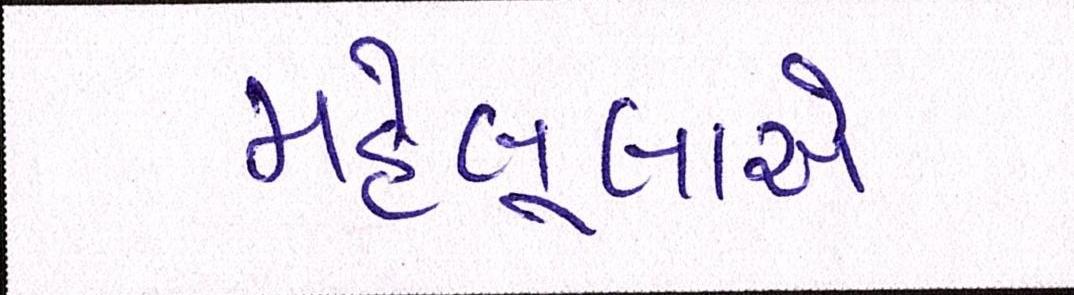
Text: મહેબૂબાએ